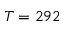
T = 2 9 2